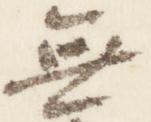
無